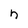
Character: n